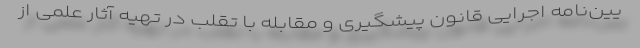
یین‌نامه اجرایی قانون پیشگیری و مقابله با تقلب در تهیه آثار علمی از